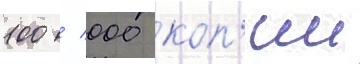
100 / 000 коп'ии